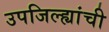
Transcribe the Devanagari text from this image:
उपजिल्ह्यांची